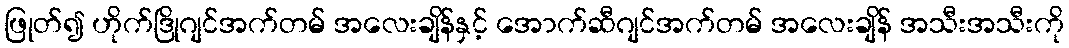
ဖြုတ်၍ ဟိုက်ဒြိုဂျင်အက်တမ် အလေးချိန်နှင့် အောက်ဆီဂျင်အက်တမ် အလေးချိန် အသီးအသီးကို